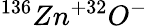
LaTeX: ^{136}Zn^{+32}O^{-}